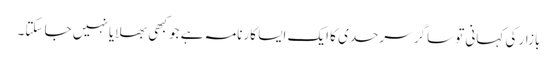
بازار کی کہانی تو ساگر سرحدی کا ایک ایسا کارنامہ ہے جو کبھی بھلایا نہیں جا سکتا۔